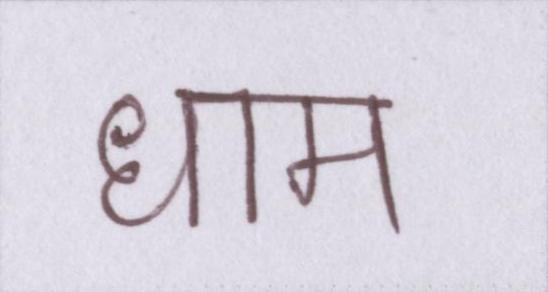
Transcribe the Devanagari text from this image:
धाम